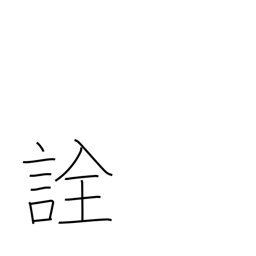
Meaning: selection